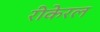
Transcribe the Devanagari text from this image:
रीकेरल